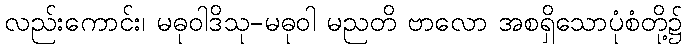
လည်းကောင်း၊ မဓုဝါဒိသု-မဓုဝါ မညတိ ဗာလော အစရှိသောပုံစံတို့၌